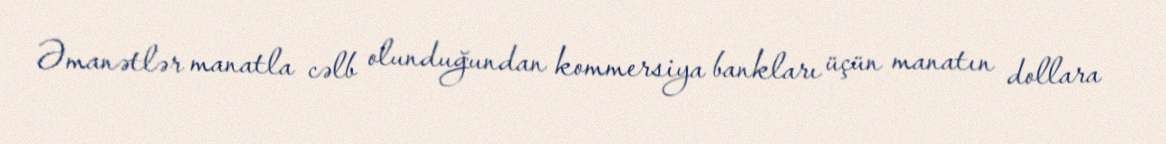
Əmanətlər manatla cəlb olunduğundan kommersiya bankları üçün manatın dollara